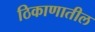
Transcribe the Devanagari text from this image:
ठिकाणातील